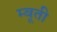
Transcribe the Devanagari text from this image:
म्बूती